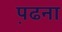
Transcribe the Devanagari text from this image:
प़ढना